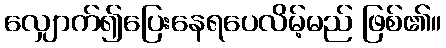
လျှောက်၍ပြေးနေရပေလိမ့်မည် ဖြစ်၏။